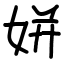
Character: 姘